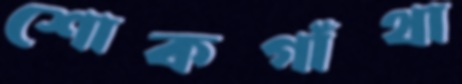
শোকগাঁথা